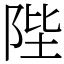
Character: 陛